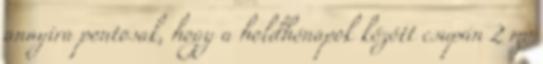
annyira pontosak, hogy a holdhónapok között csupán 2 mp